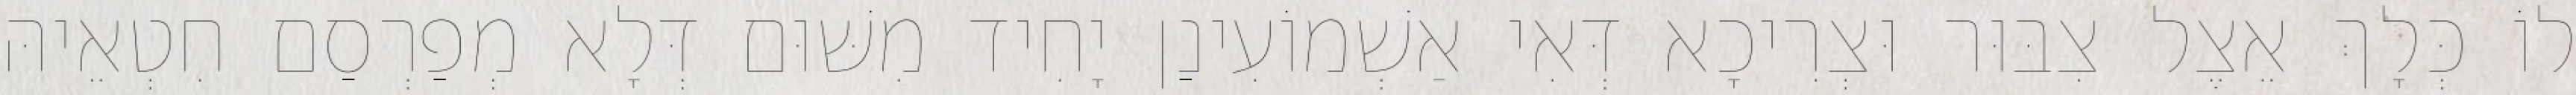
לוֹ כְּלָךְ אֵצֶל צִבּוּר וּצְרִיכָא דְּאִי אַשְׁמוֹעִינַן יָחִיד מִשּׁוּם דְּלָא מְפַרְסַם חִטְאֵיהּ